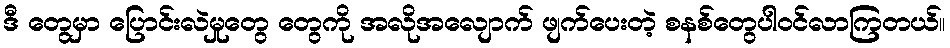
ဒီ တွေမှာ ပြောင်းလဲမှုတွေ တွေကို အလိုအလျောက် ဖျက်ပေးတဲ့ စနစ်တွေပါဝင်လာကြတယ်။